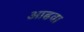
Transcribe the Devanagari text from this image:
आढवा